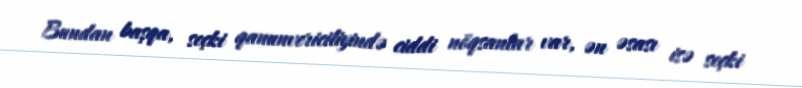
Bundan başqa, seçki qanunvericiliyində ciddi nöqsanlar var, ən əsası isə seçki